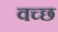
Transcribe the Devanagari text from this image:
वच्छ